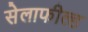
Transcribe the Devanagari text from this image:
सेलाफील्ड